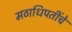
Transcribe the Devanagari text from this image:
मठाधिपतींचे